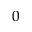
_ { 0 }